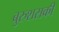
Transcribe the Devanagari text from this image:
बुरुशसकी